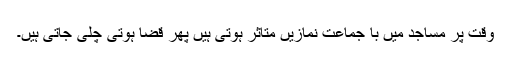
وقت پر مساجد میں با جماعت نمازیں متاثر ہوتی ہیں پھر قضا ہوتی چلی جاتی ہیں۔